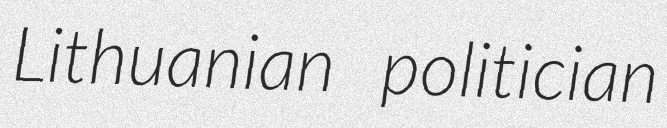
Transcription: Lithuanian politician